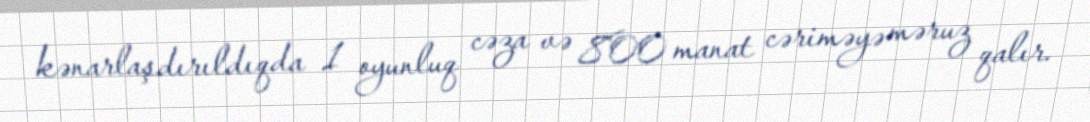
kənarlaşdırıldıqda 1 oyunluq cəza və 800 manat cəriməyə məruz qalır.